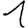
Digit: 1